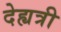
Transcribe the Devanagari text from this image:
देह्यत्री